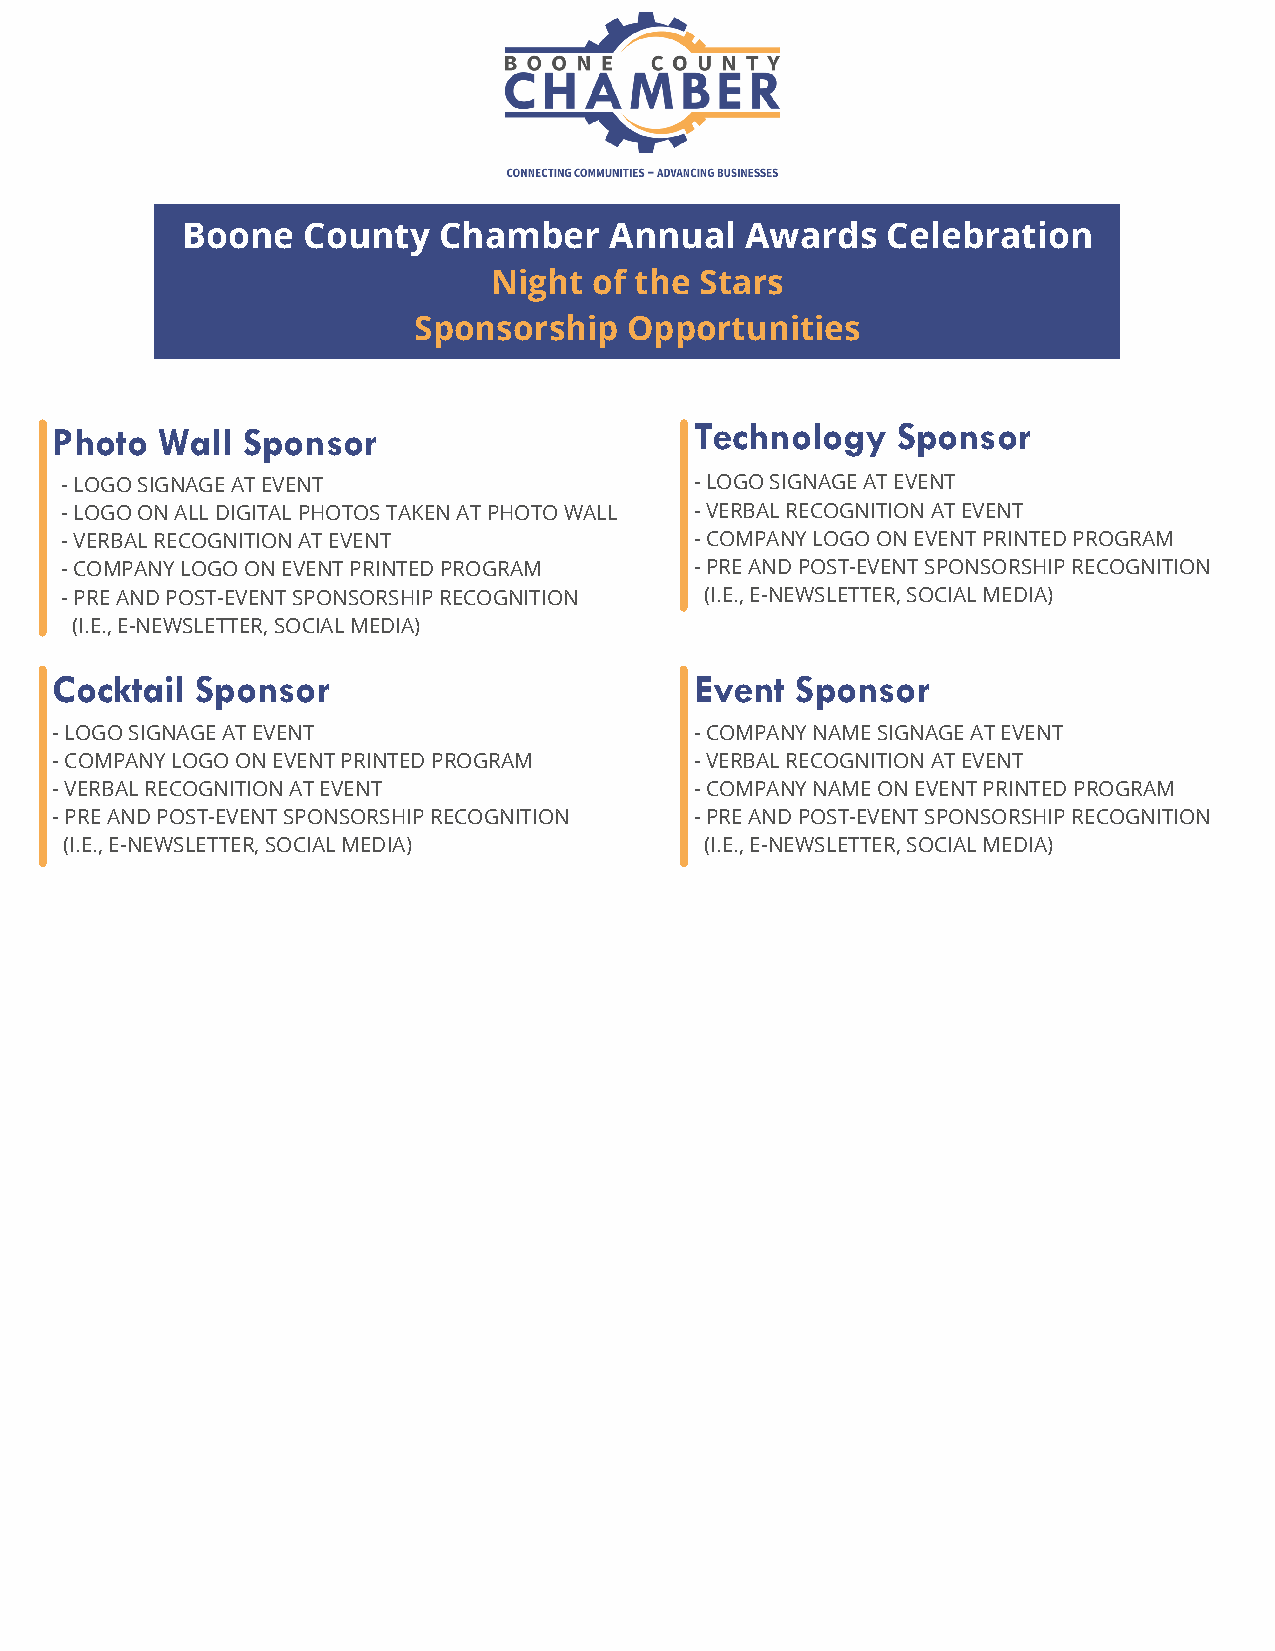
Boone   County   Chamber    Annual   Awards    Celebration
 Night of the Stars
 Sponsorship    Opportunities
 Photo  Wall  Sponsor                       Technology   Sponsor
 - LOGO SIGNAGE AT EVENT                   - LOGO SIGNAGE AT EVENT
 - LOGO ON ALL DIGITAL PHOTOS TAKEN AT PHOTO WALL - VERBAL RECOGNITION AT EVENT
 - VERBAL RECOGNITION AT EVENT             - COMPANY LOGO ON EVENT PRINTED PROGRAM
 - COMPANY LOGO ON EVENT PRINTED PROGRAM   - PRE AND POST-EVENT SPONSORSHIP RECOGNITION
 - PRE AND POST-EVENT SPONSORSHIP RECOGNITION (I.E., E-NEWSLETTER, SOCIAL MEDIA)
 (I.E., E-NEWSLETTER, SOCIAL MEDIA)
 Cocktail  Sponsor                          Event  Sponsor
 - LOGO SIGNAGE AT EVENT                    - COMPANY NAME SIGNAGE AT EVENT
 - COMPANY LOGO ON EVENT PRINTED PROGRAM    - VERBAL RECOGNITION AT EVENT
 - VERBAL RECOGNITION AT EVENT              - COMPANY NAME ON EVENT PRINTED PROGRAM
 - PRE AND POST-EVENT SPONSORSHIP RECOGNITION - PRE AND POST-EVENT SPONSORSHIP RECOGNITION
 (I.E., E-NEWSLETTER, SOCIAL MEDIA)         (I.E., E-NEWSLETTER, SOCIAL MEDIA)